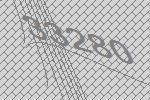
33280